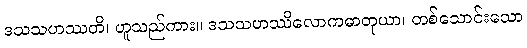
ဒသသဟဿတိ၊ ဟူသည်ကား။ ဒသသဟဿိလောကဓာတုယာ၊ တစ်သောင်းသော